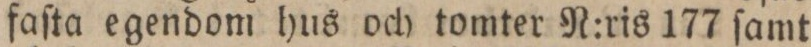
faſta egendom hus och tomter N:ris 177 ſamt